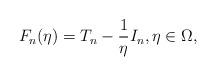
LaTeX: \begin{align*}F_n(\eta) = T_n - \frac{1}{\eta} I_n, \eta \in \Omega,\end{align*}